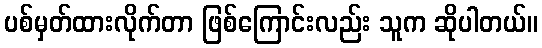
ပစ်မှတ်ထားလိုက်တာ ဖြစ်ကြောင်းလည်း သူက ဆိုပါတယ်။